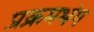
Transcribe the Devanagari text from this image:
प्रक्रमभंग